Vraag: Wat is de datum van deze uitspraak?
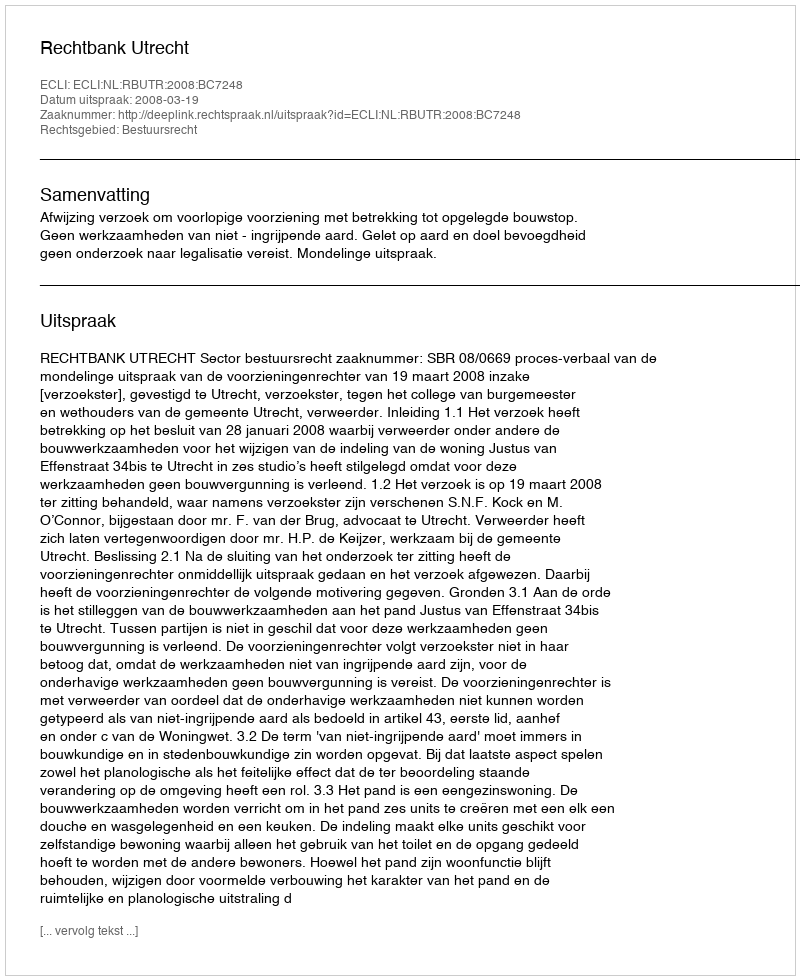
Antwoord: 2008-03-19